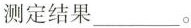
测定结果___。